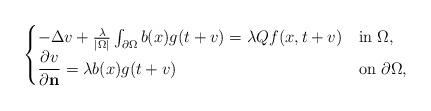
LaTeX: \begin{align*} \begin{cases}-\Delta v + \frac{\lambda}{|\Omega|} \int_{\partial \Omega} b(x) g(t + v) = \lambda Q f(x, t + v) & \mbox{in $\Omega$}, \\\dfrac{\partial v}{\partial \mathbf{n}}= \lambda b(x) g(t + v) & \mbox{on $\partial \Omega$}, \end{cases} \end{align*}